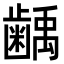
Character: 𮯌